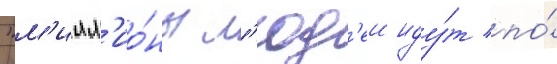
"м'илл'ио́ны л'юд'еи иду́т по́